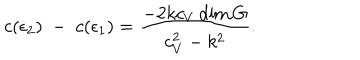
c ( \epsilon _ { 2 } ) \; - \; c ( \epsilon _ { 1 } ) = { \frac { - 2 k c _ { V } \dim G } { c _ { V } ^ { 2 } - k ^ { 2 } } } .